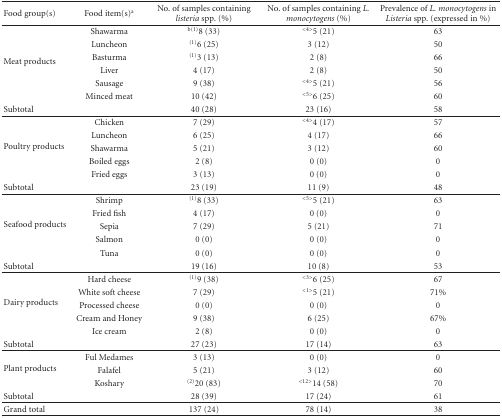
<table><thead><tr><td><b>Food group(s)</b></td><td><b>Food item(s)<sup>a</sup></b></td><td><b>No. of samples containing <i>listeria </i>spp. (%)</b></td><td><b>No. of samples containing <i>L. monocytogens</i> (%)</b></td><td><b>Prevalence of <i>L. monocytogens</i> in <i>Listeria</i> spp. (expressed in %)</b></td></tr></thead><tbody><tr><td rowspan="6">Meat products</td><td>Shawarma</td><td><sup>b(1)</sup>8 (33)</td><td><sup>&lt;4&gt;</sup>5 (21)</td><td>63</td></tr><tr><td>Luncheon</td><td><sup>(1)</sup>6 (25)</td><td>3 (12)</td><td>50</td></tr><tr><td>Basturma</td><td><sup>(1)</sup>3 (13)</td><td>2 (8)</td><td>66</td></tr><tr><td>Liver</td><td>4 (17)</td><td>2 (8)</td><td>50</td></tr><tr><td>Sausage</td><td>9 (38)</td><td><sup>&lt;4&gt;</sup>5 (21)</td><td>56</td></tr><tr><td>Minced meat</td><td>10 (42)</td><td><sup>&lt;5&gt;</sup>6 (25)</td><td>60</td></tr><tr><td>Subtotal</td><td></td><td>40 (28)</td><td>23 (16)</td><td>58</td></tr><tr><td rowspan="5">Poultry products</td><td>Chicken</td><td>7 (29)</td><td><sup>&lt;4&gt;</sup>4 (17)</td><td>57</td></tr><tr><td>Luncheon</td><td>6 (25)</td><td>4 (17)</td><td>66</td></tr><tr><td>Shawarma</td><td>5 (21)</td><td>3 (12)</td><td>60</td></tr><tr><td>Boiled eggs</td><td>2 (8)</td><td>0 (0)</td><td>0</td></tr><tr><td>Fried eggs</td><td>3 (13)</td><td>0 (0)</td><td>0</td></tr><tr><td>Subtotal</td><td></td><td>23 (19)</td><td>11 (9)</td><td>48</td></tr><tr><td rowspan="5">Seafood products</td><td>Shrimp</td><td><sup>(1)</sup>8 (33)</td><td><sup>&lt;5&gt;</sup>5 (21)</td><td>63</td></tr><tr><td>Fried fish</td><td>4 (17)</td><td>0 (0)</td><td>0</td></tr><tr><td>Sepia</td><td>7 (29)</td><td>5 (21)</td><td>71</td></tr><tr><td>Salmon</td><td>0 (0)</td><td>0 (0)</td><td>0</td></tr><tr><td>Tuna</td><td>0 (0)</td><td>0 (0)</td><td>0</td></tr><tr><td>Subtotal</td><td></td><td>19 (16)</td><td>10 (8)</td><td>53</td></tr><tr><td rowspan="5">Dairy products</td><td>Hard cheese</td><td><sup>(1)</sup>9 (38)</td><td><sup>&lt;3&gt;</sup>6 (25)</td><td>67</td></tr><tr><td>White soft cheese</td><td>7 (29)</td><td><sup>&lt;1&gt;</sup>5 (21)</td><td>71%</td></tr><tr><td>Processed cheese</td><td>0 (0)</td><td>0 (0)</td><td>0</td></tr><tr><td>Cream and Honey</td><td>9 (38)</td><td>6 (25)</td><td>67%</td></tr><tr><td>Ice cream</td><td>2 (8)</td><td>0 (0)</td><td>0</td></tr><tr><td>Subtotal</td><td></td><td>27 (23)</td><td>17 (14)</td><td>63</td></tr><tr><td rowspan="3">Plant products</td><td>Ful Medames</td><td>3 (13)</td><td>0 (0)</td><td>0</td></tr><tr><td>Falafel</td><td>5 (21)</td><td>3 (12)</td><td>60</td></tr><tr><td>Koshary</td><td><sup>(2)</sup>20 (83)</td><td><sup>&lt;12&gt;</sup>14 (58)</td><td>70</td></tr><tr><td>Subtotal</td><td></td><td>28 (39)</td><td>17 (24)</td><td>61</td></tr><tr><td>Grand total</td><td></td><td>137 (24)</td><td>78 (14)</td><td>38</td></tr></tbody></table>